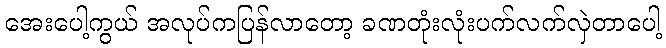
အေးပေါ့ကွယ် အလုပ်ကပြန်လာတော့ ခဏတုံးလုံးပက်လက်လှဲတာပေါ့